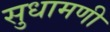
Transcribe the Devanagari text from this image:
सुधामणी